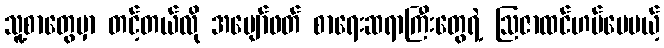
သူ့စာတွေမှာ တင့်တယ်လို အပျော်ဖတ် စာရေးဆရာကြီးတွေရဲ့ ဩဇာထင်ဟပ်ပေမယ့်